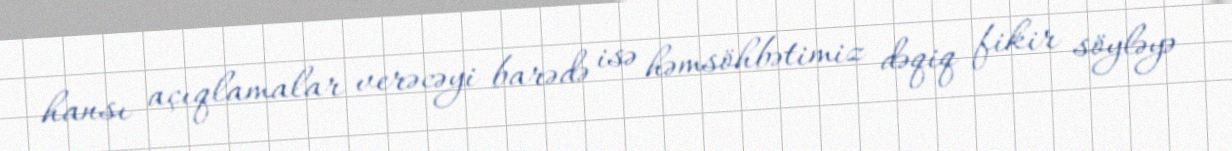
hansı açıqlamalar verəcəyi barədə isə həmsöhbətimiz dəqiq fikir söyləyə